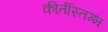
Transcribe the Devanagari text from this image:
कीर्तीस्तम्भ